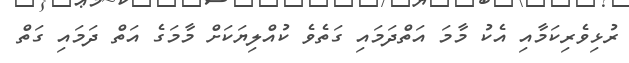
ރުޅިވެރިކަމާއި އެކު މާމަ އަތްދަމައި ގަތެވެ ކުއްލިޔަކަށް މާމަގެ އަތް ދަމައި ގަތް